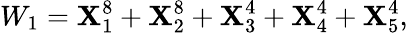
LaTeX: W_{1}=\mathbf{X}_{1}^{8}+\mathbf{X}_{2}^{8}+\mathbf{X}_{3}^{4}+\mathbf{X}_{4}^{4}+\mathbf{X}_{5}^{4},